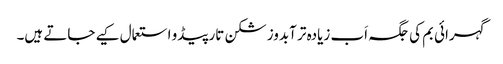
گہرائی بم کی جگہ اَب زیادہ تر آبدوز شکن تارپیڈو استعمال کیے جاتے ہیں۔